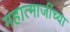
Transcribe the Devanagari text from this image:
महात्माजींच्या